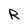
Character: R